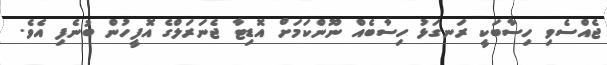
ޖެއްސެވި ހިސާބަކީ ރަނގަޅު ހިސާބެއް ނޫންކަމަށް އޮޑިޓާ ޖެނަރަލްގެ އޮފީހުން ބުނެފި އެވެ.